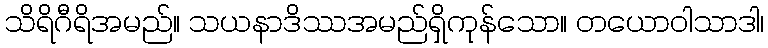
သိရိဂီရိအမည်။ သယနာဒိဿအမည်ရှိကုန်သော။ တယောဝါသာဒါ၊